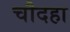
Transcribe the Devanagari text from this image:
चौदहा